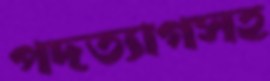
পদত্যাগসহ